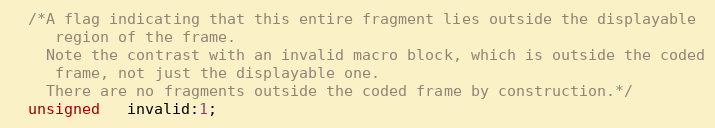
Language: C
  /*A flag indicating that this entire fragment lies outside the displayable
     region of the frame.
    Note the contrast with an invalid macro block, which is outside the coded
     frame, not just the displayable one.
    There are no fragments outside the coded frame by construction.*/
  unsigned   invalid:1;